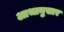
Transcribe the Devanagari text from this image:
आभानुसार